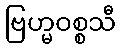
ဗြဟ္မဝစ္စသီ